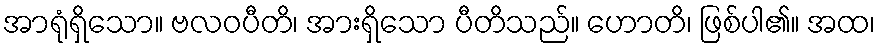
အာရုံရှိသော။ ဗလဝပီတိ၊ အားရှိသော ပီတိသည်။ ဟောတိ၊ ဖြစ်ပါ၏။ အထ၊